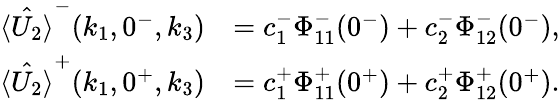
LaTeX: \begin{array}{rl}{\hat{\langle U_{2}\rangle}^{-}(k_{1},0^{-},k_{3})}&{=c_{1}^{-}\Phi_{11}^{-}(0^{-})+c_{2}^{-}\Phi_{12}^{-}(0^{-}),}\\ {\hat{\langle U_{2}\rangle}^{+}(k_{1},0^{+},k_{3})}&{=c_{1}^{+}\Phi_{11}^{+}(0^{+})+c_{2}^{+}\Phi_{12}^{+}(0^{+}).}\end{array}